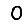
Digit: 0